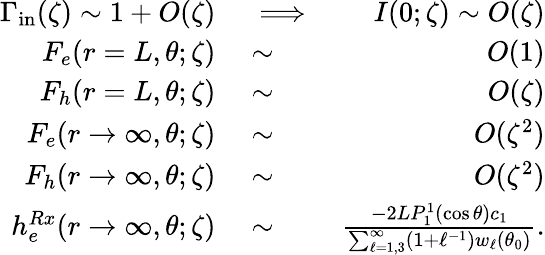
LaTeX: \begin{array}{rlr}{\Gamma_{\mathrm{in}}(\zeta)\sim 1+O(\zeta)}&{{}\implies}&{I(0;\zeta)\sim O(\zeta)}\\ {F_{e}(r=L,\theta;\zeta)}&{{}\sim}&{O(1)}\\ {F_{h}(r=L,\theta;\zeta)}&{{}\sim}&{O(\zeta)}\\ {F_{e}(r\to\infty,\theta;\zeta)}&{{}\sim}&{O(\zeta^{2})}\\ {F_{h}(r\to\infty,\theta;\zeta)}&{{}\sim}&{O(\zeta^{2})}\\ {h_{e}^{Rx}(r\to\infty,\theta;\zeta)}&{{}\sim}&{\frac{-2LP_{1}^{1}(\cos\theta)c_{1}}{\sum_{\ell=1,3}^{\infty}(1+\ell^{-1})w_{\ell}(\theta_{0})}.}\end{array}